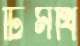
টিমথি